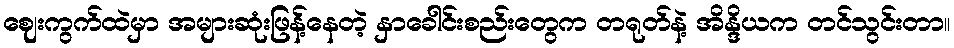
ဈေးကွက်ထဲမှာ အများဆုံးဖြန့်နေတဲ့ နှာခေါင်းစည်းတွေက တရုတ်နဲ့ အိန္ဒိယက တင်သွင်းတာ။